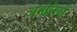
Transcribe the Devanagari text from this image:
अभौतिकी